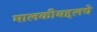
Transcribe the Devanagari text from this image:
मालकीबद्दलचे